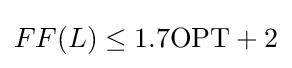
FF(L)\leq 1.7\mathrm {OPT} +2